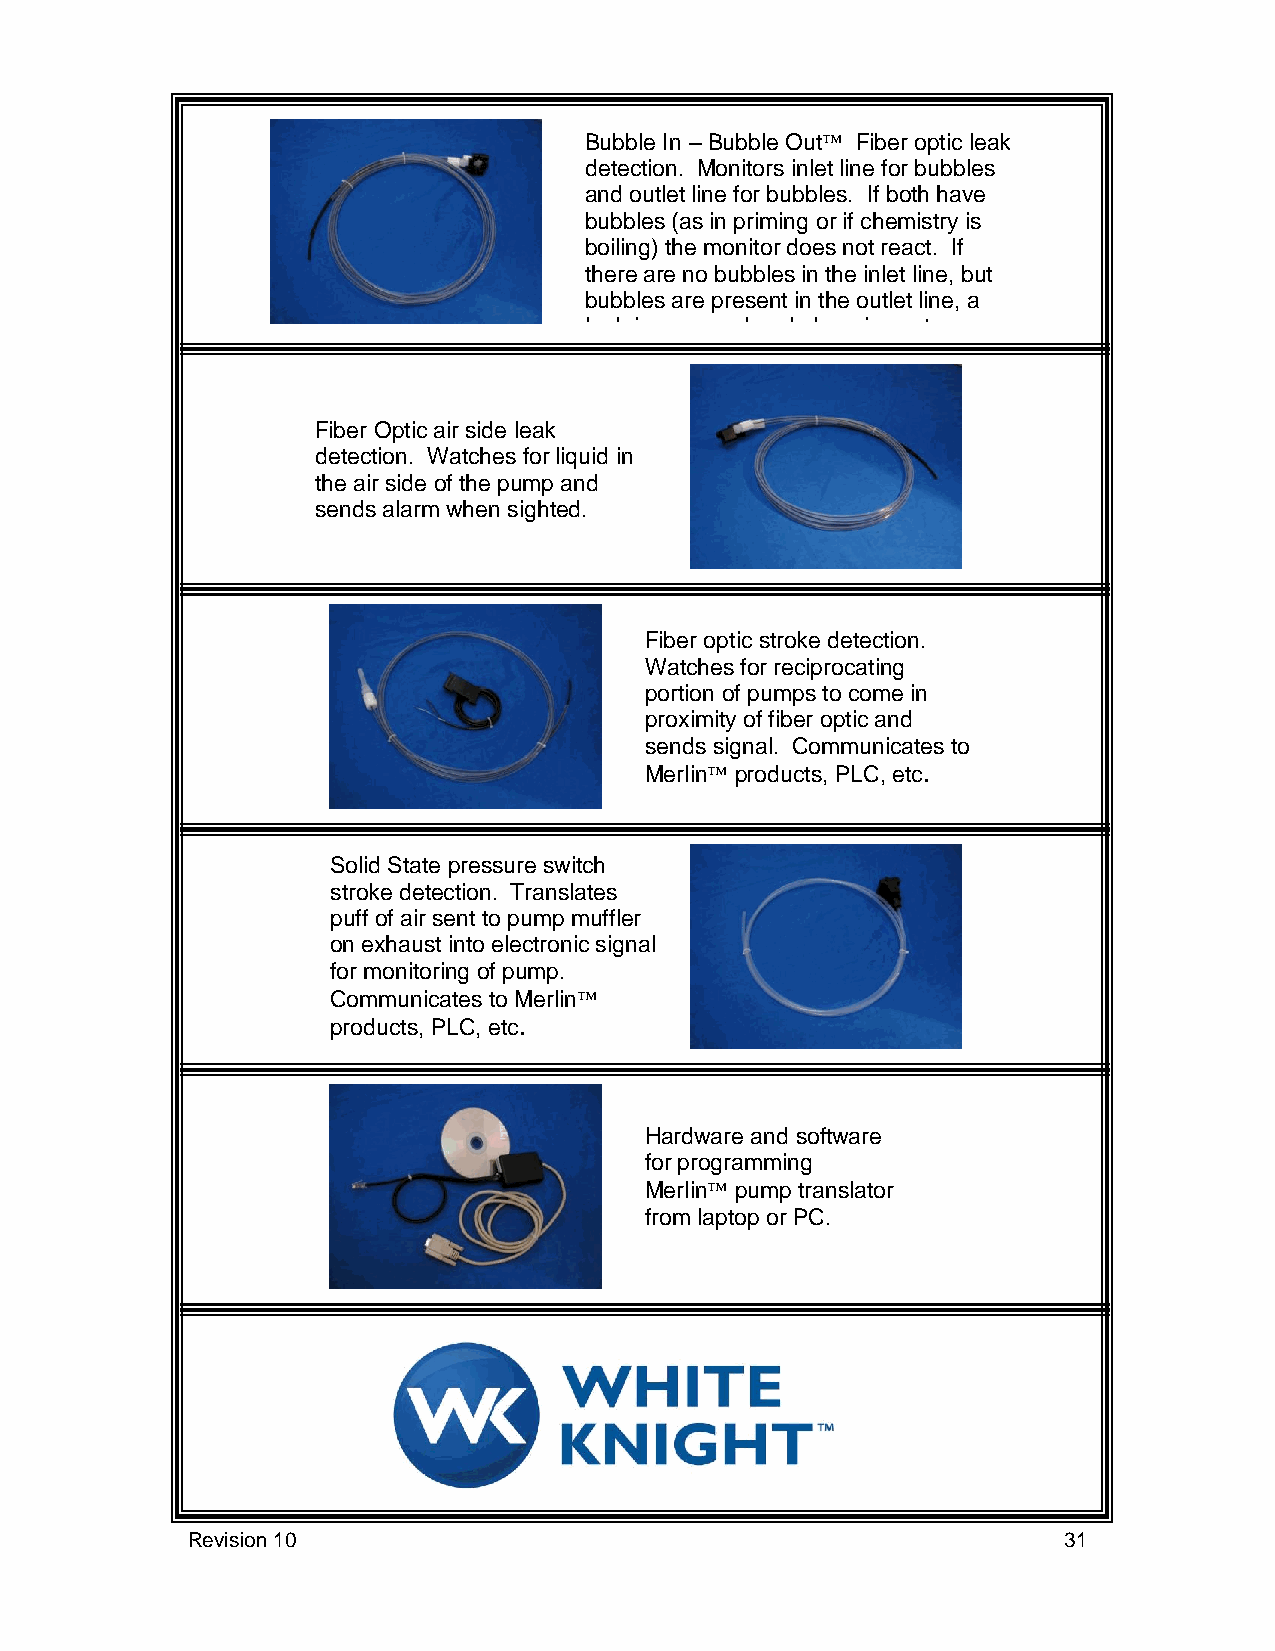
Bubb le In – Bubble Out Fiber optic leak
 detection. Monitors inlet line for bubbles
 and outlet line for bubbles. If both have
 bubbles (as in priming or if chemistry is
 boiling) the monitor does not react. If
 there are no bubbles in the inlet line, but
 bubbles are present in the outlet line, a
 leak is assumed and alarm is sent.
 Fiber Optic air side leak
 detection. Watches for liquid in
 the air side of the pump and
 sends alarm when sighted.
 Fiber optic stroke detection.
 Watches for reciprocating
 portion of pumps to come in
 proximity of fiber optic and
 sends signal. Communicates to
 Merlin products, PLC, etc.
 Solid State pressure switch
 stroke detection. Translates
 puff of air sent to pump muffler
 on exhaust into electronic signal
 for monitoring of pump.
 Communicates to Merlin
 products, PLC, etc.
 Hardware and software
 for programming
 Merlin pump translator
 from laptop or PC.
 Revision 10                                               31